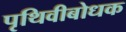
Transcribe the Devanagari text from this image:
पृथिवीबोधक